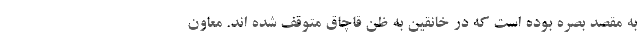
به مقصد بصره بوده است که در خانقین به ظن قاچاق متوقف شده اند. معاون